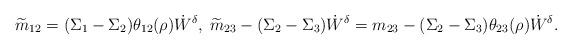
LaTeX: \begin{align*}&\widetilde m_{12}=(\Sigma_1-\Sigma_2)\theta_{12}(\rho)\dot W^{\delta},\; \widetilde m_{23}-(\Sigma_2-\Sigma_3)\dot W^{\delta}=m_{23}-(\Sigma_2-\Sigma_3)\theta_{23}(\rho)\dot W^{\delta}.\end{align*}